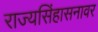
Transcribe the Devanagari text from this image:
राज्यसिंहासनावर